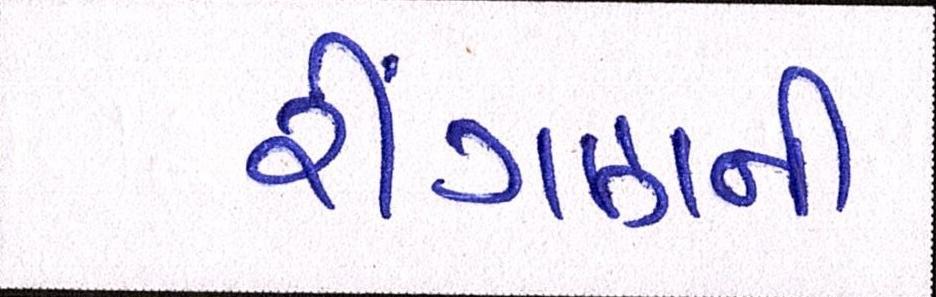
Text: રીંગણની